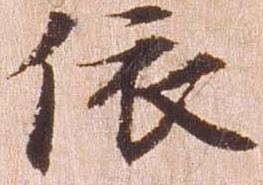
依